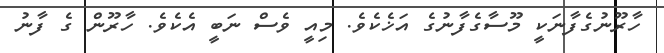
ހާރޫނުގެފާނަކީ މޫސާގެފާނުގެ އަޚެކެވެ. މިއީ ވެސް ނަބީ އެކެވެ. ހާރޫން ގެ ފާނު